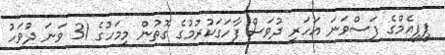
ޕީޕީއެމްގެ ފަސްވަަނަ އަހަރީ ދުވަސް ފާހަގަކުރުމުގެ ގޮތުން މިމަހުގެ 31 ވަނަ ދުވަހު